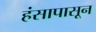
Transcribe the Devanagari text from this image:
हंसापासून